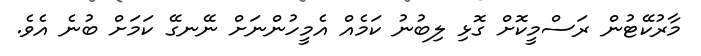
މާރުކޭޓުން ރަސްމީކޮށް ގޮޅި ލިބުނު ކަމެއް އެމީހުންނަށް ނޭނގޭ ކަމަށް ބުނެ އެވެ.